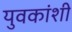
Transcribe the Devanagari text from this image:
युवकांशी